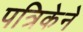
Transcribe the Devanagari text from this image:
पत्रिकेने